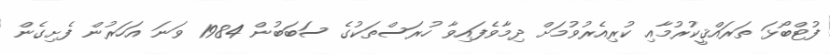
ފުޓްބޯޅަ ތަރައްޤީކުރުމާއި ކުރިއެރުވުމަށް ދިމާވެފައިވާ ހުރަސްތަކުގެ ސަބަބުން 1984 ވަނަ އަހަރުން ފެށިގެން